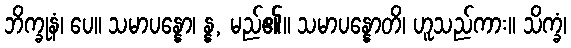
ဘိက္ခုနံ၊ ပေ။ သမာပန္နော၊ န္န, မည်၏။ သမာပန္နောတိ၊ ဟူသည်ကား။ သိက္ခံ၊